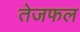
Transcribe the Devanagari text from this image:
तेजफल